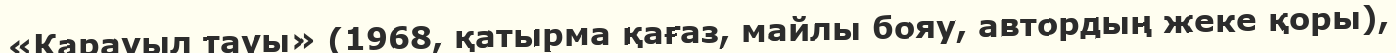
«Қарауыл тауы» (1968, қатырма қағаз, майлы бояу, автордың жеке қоры),